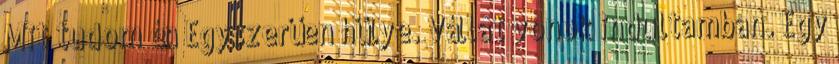
Mit tudom én Egyszerűen hülye. Vállat vonok indultamban. Egy